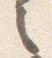
之